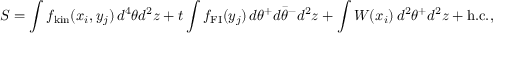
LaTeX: S = \int f _ { \mathrm { k i n } } ( x _ { i } , y _ { j } ) \, d ^ { 4 } \theta d ^ { 2 } z + t \int f _ { \mathrm { F I } } ( y _ { j } ) \, d \theta ^ { + } d \bar { \theta } ^ { - } d ^ { 2 } z + \int W ( x _ { i } ) \, d ^ { 2 } \theta ^ { + } d ^ { 2 } z + \mathrm { h . c . } ,